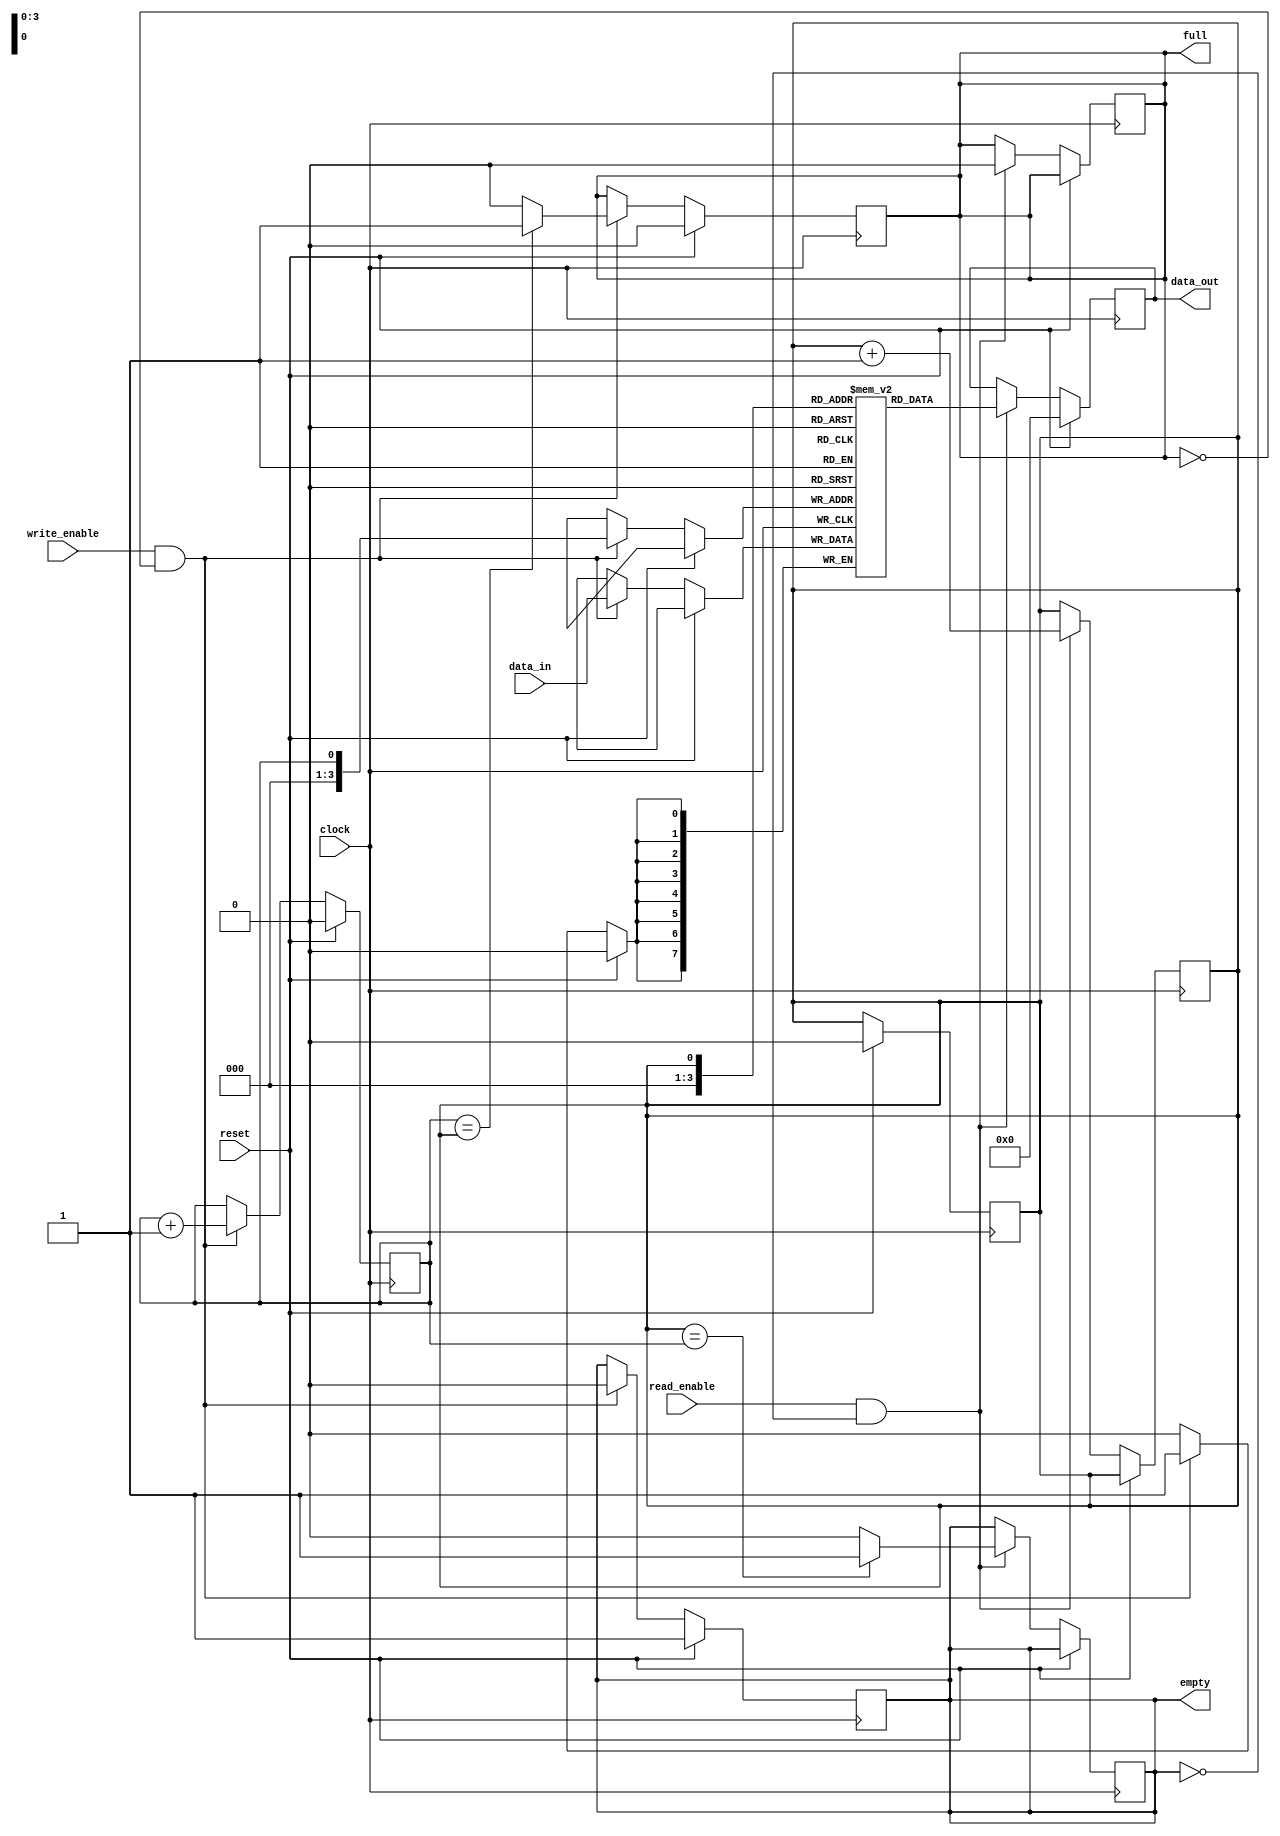
module dual_port_fifo (
    input clock,
    input reset,
    input write_enable,
    input read_enable,
    input [DATA_WIDTH-1:0] data_in,
    output reg [DATA_WIDTH-1:0] data_out,
    output reg full,
    output reg empty
);

parameter DEPTH = 16; // Depth of the FIFO buffer
parameter DATA_WIDTH = 8; // Width of the data

reg [DATA_WIDTH-1:0] buffer [0:DEPTH-1];
reg read_ptr = 0; // Read pointer
reg write_ptr = 0; // Write pointer

// Write operation
always @(posedge clock) begin
    if (reset) begin
        write_ptr <= 0;
        read_ptr <= 0;
        full <= 0;
        empty <= 1;
    end else begin
        if (write_enable && !full) begin
            buffer[write_ptr] <= data_in;
            write_ptr <= (write_ptr == DEPTH-1) ? 0 : write_ptr + 1;
            full <= (write_ptr == read_ptr) ? 1 : 0;
            empty <= 0;
        end
    end
end

// Read operation
always @(posedge clock) begin
    if (reset) begin
        data_out <= 0;
    end else begin
        if (read_enable && !empty) begin
            data_out <= buffer[read_ptr];
            read_ptr <= (read_ptr == DEPTH-1) ? 0 : read_ptr + 1;
            empty <= (read_ptr == write_ptr) ? 1 : 0;
            full <= 0;
        end
    end
end

endmodule